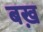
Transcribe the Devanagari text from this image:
बख़